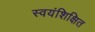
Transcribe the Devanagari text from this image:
स्वयंशिक्षित